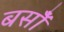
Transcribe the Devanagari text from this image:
बसोँ